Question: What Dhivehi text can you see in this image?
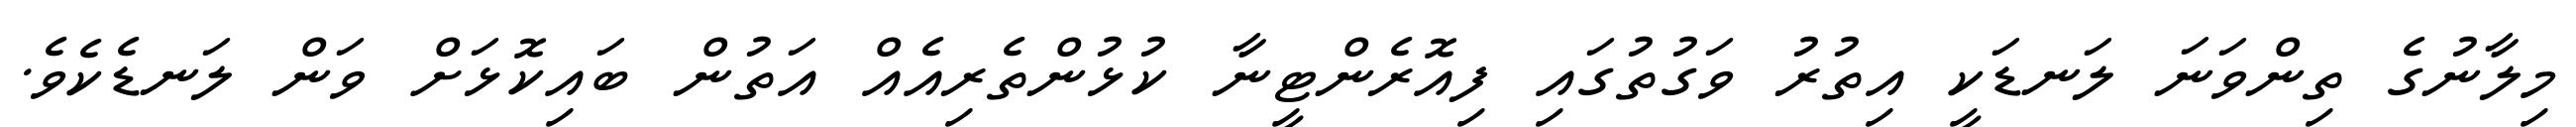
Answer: މިލާނުގެ ތިންވަނަ ލަނޑަކީ އިތުރު ވަގުތުގައި ފިއޮރެންޓީނާ ކުޅުންތެރިއެއް އަތުން ބައިކޮޅަށް ވަން ލަނޑެކެވެ.